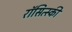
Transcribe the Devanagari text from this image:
रॉसित्स्की